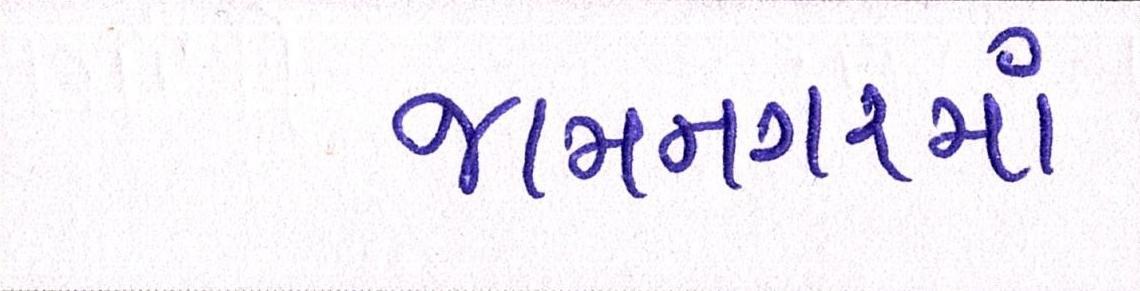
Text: જામનગરમાં